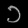
Digit: ၁